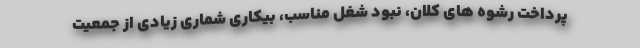
پرداخت رشوه های کلان، نبود شغل مناسب، بیکاری شماری زیادی از جمعیت